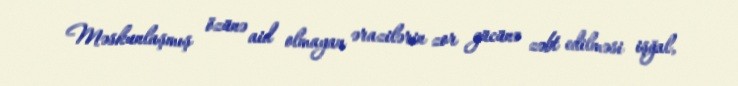
Məskunlaşmış özünə aid olmayan ərazilərin zor gücünə zəbt edilməsi işğal,